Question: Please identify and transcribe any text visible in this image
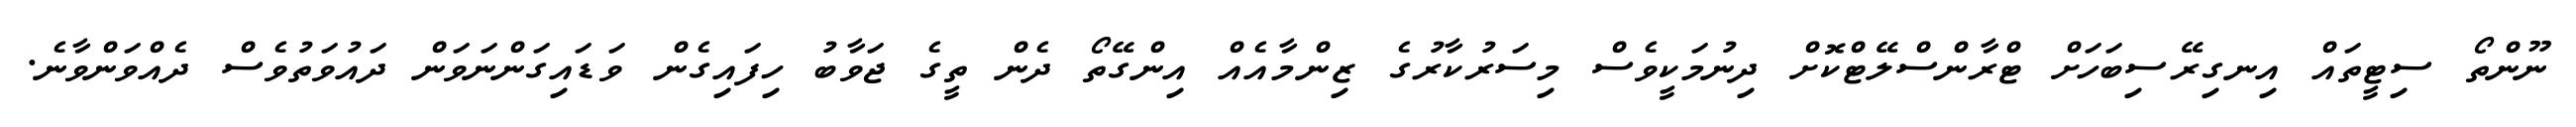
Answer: ނޫންތޯ ސިޓީތައް އިނގިރޭސިބަހަށް ޓްރާންސްލޭޓްކޮށް ދިނުމަކީވެސް މިސަރުކާރުގެ ޒިންމާއެއް އިންގޭތޯ ދެން ތީގެ ޖަވާބު ހިފައިގެން ވަޑައިގަންނަވަން ދައުވަތުވެސް ދެއްވަންވާނެ.